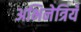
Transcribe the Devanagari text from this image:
अभिनेत्रियँ